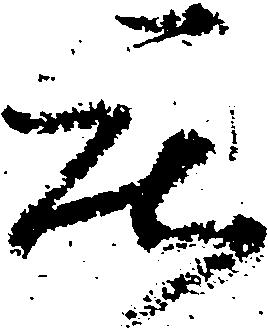
庄